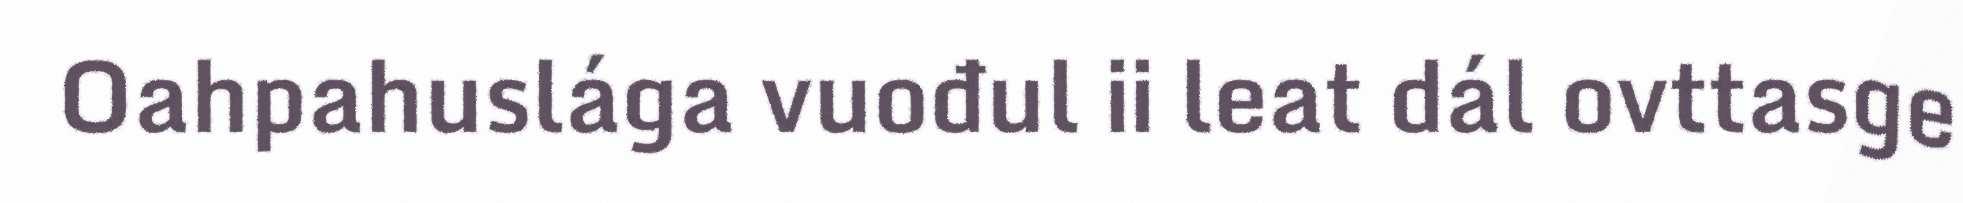
Oahpahuslága vuođul ii leat dál ovttasge